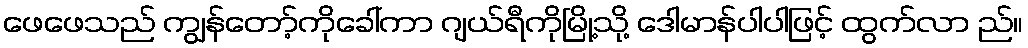
ဖေဖေသည် ကျွန်တော့်ကိုခေါ်ကာ ဂျယ်ရီကိုမြို့သို့ ဒေါမာန်ပါပါဖြင့် ထွက်လာ ည်။